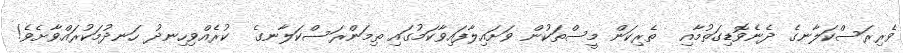
ވެރިރަސްކަލާނގެ ދެނެވޮޑިގަތުމާއި  ތެރިކަން މީސްތަކުން ވަށައިލާފައިވާކަމުގައި ތިމަންރަސްކަލާނގެ  ކުރެއްވިހިނދު ހަނދުމަކުރައްވާށެވެ!